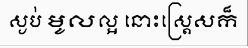
ស្ងប់ មូលល្អ នោះស្ត្រេសក៏